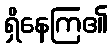
ရှိနေကြ၏